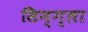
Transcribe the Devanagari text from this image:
सिन्ग्ला